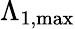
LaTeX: \Lambda_{1,\mathrm{{max}}}